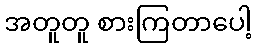
အတူတူ စားကြတာပေါ့